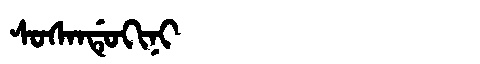
Manchu: ᠰᠣᠰᠠᠨᡩᡠᡴᡳᠨᡳ
Romanization: SOSANDUKINI